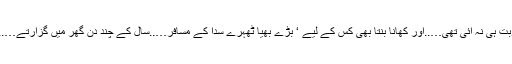
گھر میں کبھی کھانا بنانے ‘ پکانے کی نوبت ہی نہ آئی تھی…..اور کھانا بنتا بھی کس کے لیے ‘ بڑے بھیا ٹھہرے سدا کے مسافر…..سال کے چند دن گھر میں گزارتے…..چائے ‘بسکٹ ‘ کافی ‘ یہ ہی ان کا لنچ تھا۔